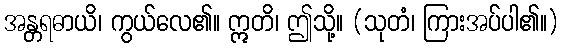
အန္တရဓာယိ၊ ကွယ်လေ၏။ ဣတိ၊ ဤသို့။ (သုတံ၊ ကြားအပ်ပါ၏။)